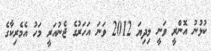
ކުޅުނު އޮންރީ ވަނީ މިދިޔަ 2012 ވަނަ އަހަރުގެ ޖެނުއަރީ މަހު އެމެރިކާގެ